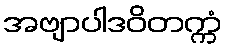
အဗျာပါဒဝိတက္ကံ